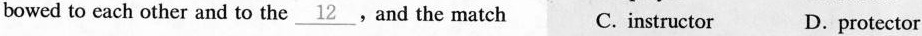
bowed to each other and to the \underline{12}And the match C. instructor D. protector